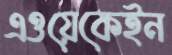
এওয়েকেইন